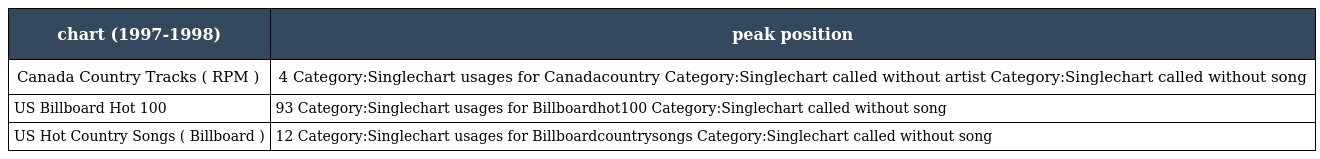
| chart (1997-1998) | peak position |
 | --- | --- |
 | Canada Country Tracks ( RPM ) | 4 Category:Singlechart usages for Canadacountry Category:Singlechart called without artist Category:Singlechart called without song |
 | US Billboard Hot 100 | 93 Category:Singlechart usages for Billboardhot100 Category:Singlechart called without song |
 | US Hot Country Songs ( Billboard ) | 12 Category:Singlechart usages for Billboardcountrysongs Category:Singlechart called without song |